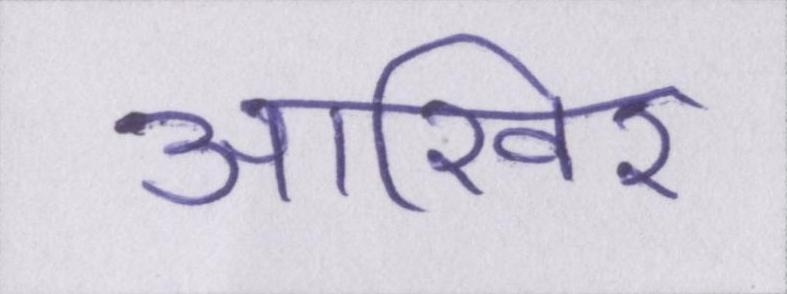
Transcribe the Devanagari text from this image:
आख़िर